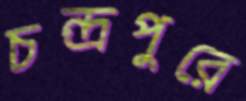
চন্দ্রপুরে